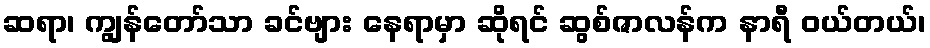
ဆရာ၊ ကျွန်တော်သာ ခင်ဗျား နေရာမှာ ဆိုရင် ဆွစ်ဇာလန်က နာရီ ဝယ်တယ်၊